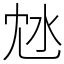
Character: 沊